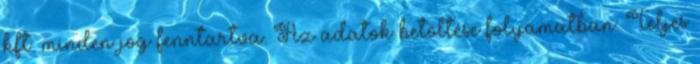
kft. minden jog fenntartva. Az adatok betöltése folyamatban. Teljes